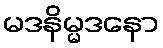
မဒနိမ္မဒနော